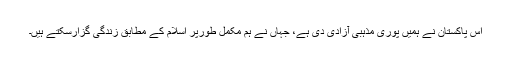
اس پاکستان نے ہمیں پوری مذہبی آزادی دی ہے، جہاں نے ہم مکمل طورپر اسلام کے مطابق زندگی گزارسکتے ہیں۔